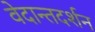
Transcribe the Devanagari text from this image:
वेदान्तदर्शन